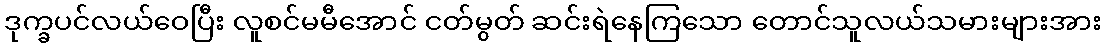
ဒုက္ခပင်လယ်ဝေပြီး လူစင်မမီအောင် ငတ်မွတ် ဆင်းရဲနေကြသော တောင်သူလယ်သမားများအား